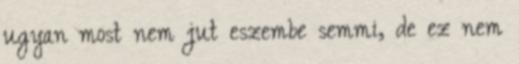
ugyan most nem jut eszembe semmi, de ez nem